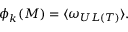
\phi _ { k } ( { \cal M } ) = \langle \omega _ { { \cal U L } ( T ) } \rangle \mathrm { . }